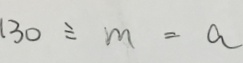
1 3 0 \div m = a